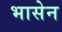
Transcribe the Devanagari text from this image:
भासेन